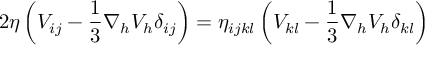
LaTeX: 2 \eta \left( V _ { i j } - \frac { 1 } { 3 } \nabla _ { h } V _ { h } \delta _ { i j } \right) = \eta _ { i j k l } \left( V _ { k l } - \frac { 1 } { 3 } \nabla _ { h } V _ { h } \delta _ { k l } \right)